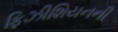
ફિઝીશિયનની